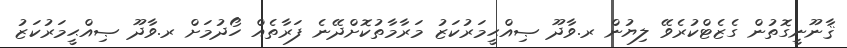
ޤާނޫނީގޮތުން ގެޒެޓްކުރެވޭ ލިޔުން ރ.ވާދޫ ޞިއްޙީމަރުކަޒު މަރާމާތުކޮށްދޭނެ ފަރާތެއް ހޯދުމަށް ރ.ވާދޫ ޞިއްޙީމަރުކަޒު